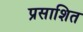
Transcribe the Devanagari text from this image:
प्रसाशित